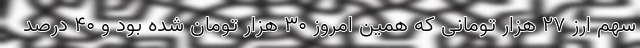
سهم ارز ۲۷ هزار تومانی که همین امروز ۳۰ هزار تومان شده بود و ۴۰ درصد